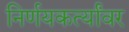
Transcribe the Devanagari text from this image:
निर्णयकर्त्यांवर